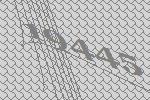
19445